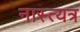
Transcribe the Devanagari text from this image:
नास्त्यत्र